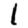
Digit: 1